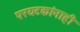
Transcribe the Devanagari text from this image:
परयटकांनाही